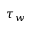
\tau _ { w }